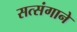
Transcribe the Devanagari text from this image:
सत्संगाने